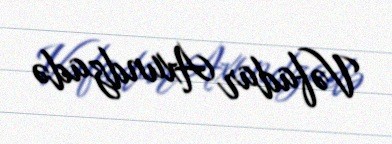
Vəfadar Axundzadə